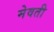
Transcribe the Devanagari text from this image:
मेवती